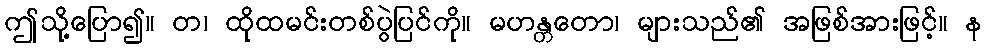
ဤသို့ပြော၍။ တ၊ ထိုထမင်းတစ်ပွဲပြင်ကို။ မဟန္တတော၊ များသည်၏ အဖြစ်အားဖြင့်။ န